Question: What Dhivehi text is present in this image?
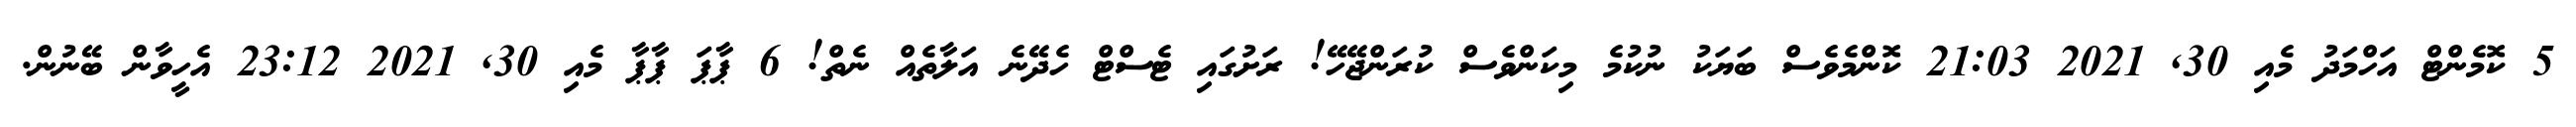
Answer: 5 ކޮމެންޓް އަހްމަދު މެއި 30, 2021 21:03 ކޮންމެވެސް ބަޔަކު ނުކުމެ މިކަންވެސް ކުރަންޖޭހޭ! ރަށުގައި ޓެސްޓް ހެދޭނެ އަލާތެއް ނެތް! 6 ޕާޕަ ޕާޕާ މެއި 30, 2021 23:12 އެހީވާން ބޭނުން.